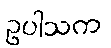
ဥပါသက